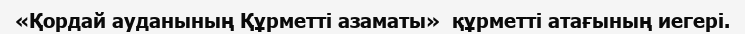
«Қордай ауданының Құрметті азаматы»  құрметті атағының иегері.